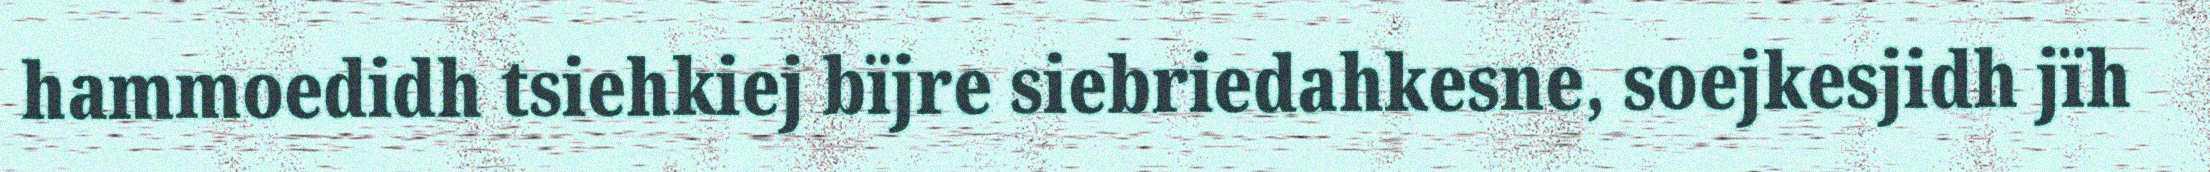
hammoedidh tsiehkiej bïjre siebriedahkesne, soejkesjidh jïh